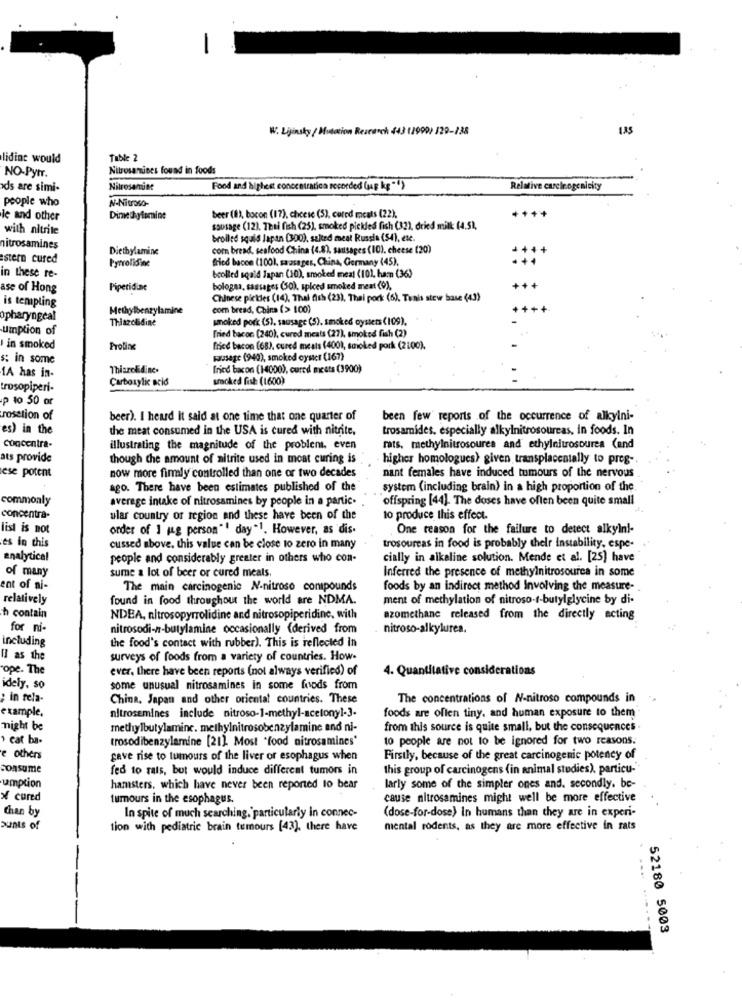
W. Lijinsky / Mutation Research 443 (1990) J29-238
lidine would
Table 2
Nitrosamnines found in foods
NO-Pytr.
ds are simi-
Nitrosamune
Food and highest concentratica recorded (ag kg "")
Relative carcinogenicity
people who
N-Nitroso-
++++
le and other
beer (1), bacon (17), chcesc (5), cured cats (22).
with nitrite
sousage (12). Thai fish (25), smoked pickled fish (32), dried milk: (4.51.
broiled squid Japan (300), salted meat Russia (54), ete.
nitrosamines
Diethylamine
com bread, seafood China (4.8), sausages (10). cheese (20)
stern cured
Pyrrolidine
fried bacon (1001, sausages, China, Germany (45),
++
in these re-
bcolled sqald Japan (10), smoked meat (101, ham (36)
ase of Hong
Piperidine
bologna, sausages (50), spiced smoked meat (0),
-++
is templing
Chinese pictdes (14), Thal fish (23). Thai pork (6). Tenis steve base (43)
Methylbenzylamine
com bread, China (> 100)
opharyngeal
Thiazolidine
smoked pork (5), sausage (5), smoked oysters (109).
umption of
fried bacon (240), cured meats (27), smoked fish (2)
I in smoked
Proline
fried bacon (68), cured meals (4001, smoked pork (2100).
s: in some
Fausage (940), smoked cyster (167)
Thiazolidine.
Tried bacon (14000), cured meets (3900)
1A has in-
Carboxylic acid
smoked fisk: (1600)
trosopiperi-
p to 50 or
rosetion of
beer). I heard it said at one time that one quarter of
been few reports of the occurrence of alkylni-
es) in the
the meat consumed in the USA is cured with nitrite.
trosamides, especially alkylnitrosoureas, in foods. In
concentra-
illustrating the magnitude of the problemt. even
rats, methylnitrosoures and ethylnitrosourea (and
ats provide
though the amount of nitrite used in meat curing is
higher homologues> given transplacentally to preg-
ese potent
now more firmly controlled than one or two decades
nant females have induced tumours of the nervous
ago. There have been estimates published of the
system (including brain) in a high proportion of the
commonly
average intake of nitrosamines by people in a partic.
offspring [44]. The doses have often been quite small
concentra-
ular country or region and these have been of the
10 produce this effect.
list is not
order of 1 mag person"' day"1. However, as dis.
One reason for the failure to detect alkylni-
es in this
cussed above. this value can be close to zero in many
trosoureas in food is probably their instability, espe
analytical
people and considerably greater in others who con-
cially in alkaline solution. Mende et al. [25] have
sume a lot of beer or cured meals
Inferred the presence of methylnitrosourea in some
of many
ent of ai-
The main carcinogenic N-nitroso compounds
foods by an indirect method Involving the measure-
relatively
found in food throughout the world are NDMA.
ment of methylation of nitroso-t-butylglycine by di-
h contain
NDEA, nitrosopyrrolidine and nitrosopiperidine, with
azomethane released from the directly acting
for ni-
nitrosodi-n-butylamine occasionally (derived from
nitroso-alkylurea.
including
the food's contact with rubber). This is reflected in
Il as the
surveys of foods from a variety of countries. How-
ope. The
ever, there have been reports (not always verified) of
4. Quantitative considerations
idely, so
some unusual nitrosamines in some foods from
in rela-
China, Japan and other orientat countries. These
The concentrations of N-nitroso compounds in
example,
foods are often tiny, and human exposure to them
nitrosemines include nitroso-1-methyl-acetonyl-3.
might be
methylbutylamine. methylnitrosobenzylamine and ni-
from this source is quite small, but the consequences .
› cat ba-
trosodibenzylamine [21] Most "food nitrosamines'
10 people are not to be ignored for two reasons.
e others
gave rise to tumours of the liver or esophagus when
Firstly, because of the great carcinogenic potency of
consume
fed to rats, but would induce different tumors in
this group of carcinogens (in animal studies), particu-
umption
hamsters, which have never been reported to bear
larly some of the simpler ones and. secondly. be-
× cured
tumours in the esophagus.
cause nitrosamines might well be more effective
Chan by
(dose-for-dose) In humans than they are in experi-
In spite of much searching, particularly in connec-
aunts of
tion with pediatric brain tumours [43), there have
mental rodents, as they are more effective in rats
52180 5003